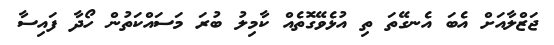
ޖަޒްލާއަށް އެބަ އެނގޭތަ ތި އުޅެވޭގޮތެއް ކާމިލު ބުރަ މަސައްކަތުން ހޯދާ ފައިސާ